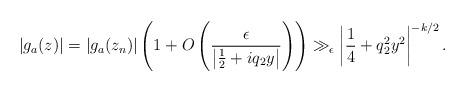
LaTeX: \begin{align*}|g_a(z)|=|g_a(z_n)|\left(1+O\left(\frac{\epsilon}{\left|\frac{1}{2}+iq_2 y\right|}\right)\right)\gg_\epsilon \left|\frac{1}{4}+q_2^2 y^2\right|^{-k/2}.\end{align*}